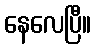
နေလေပြီ။